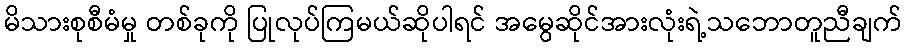
မိသားစုစီမံမှု တစ်ခုကို ပြုလုပ်ကြမယ်ဆိုပါရင် အမွေဆိုင်အားလုံးရဲ့သဘောတူညီချက်